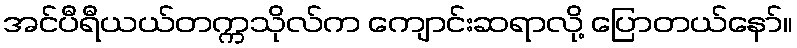
အင်ပီရီယယ်တက္ကသိုလ်က ကျောင်းဆရာလို့ ပြောတယ်နော်။